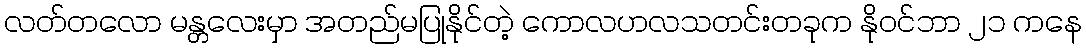
လတ်တလော မန္တလေးမှာ အတည်မပြုနိုင်တဲ့ ကောလဟလသတင်းတခုက နိုဝင်ဘာ ၂၁ ကနေ